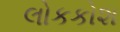
લોકકોશ